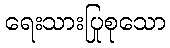
ရေးသားပြုစုသော